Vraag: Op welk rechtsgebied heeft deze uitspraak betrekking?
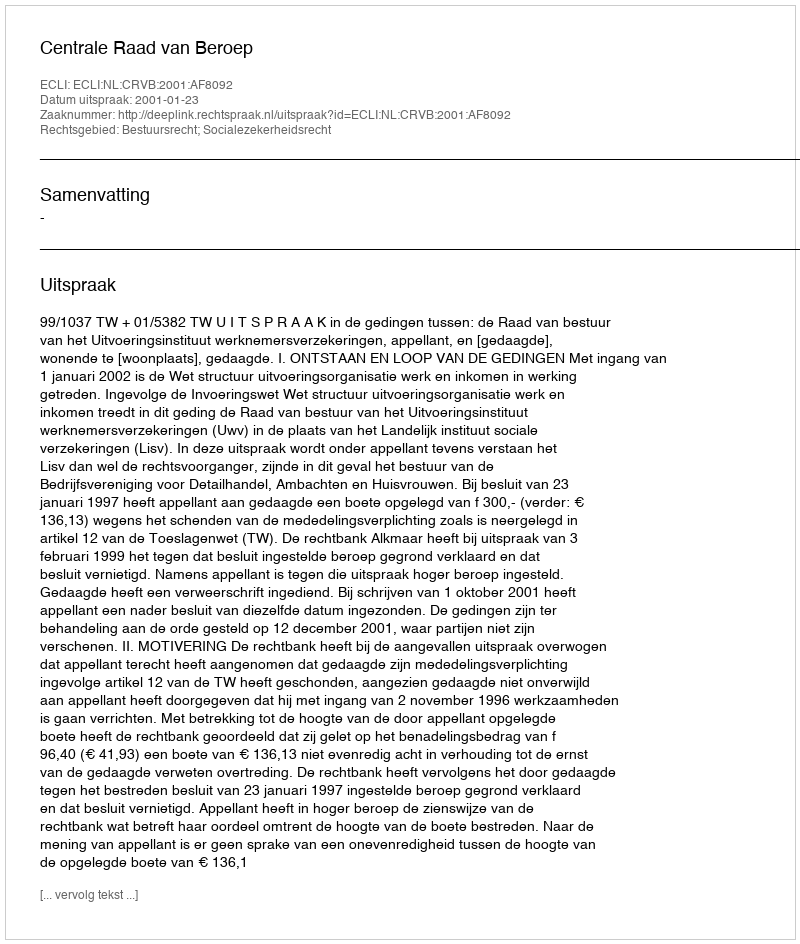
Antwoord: Bestuursrecht; Socialezekerheidsrecht